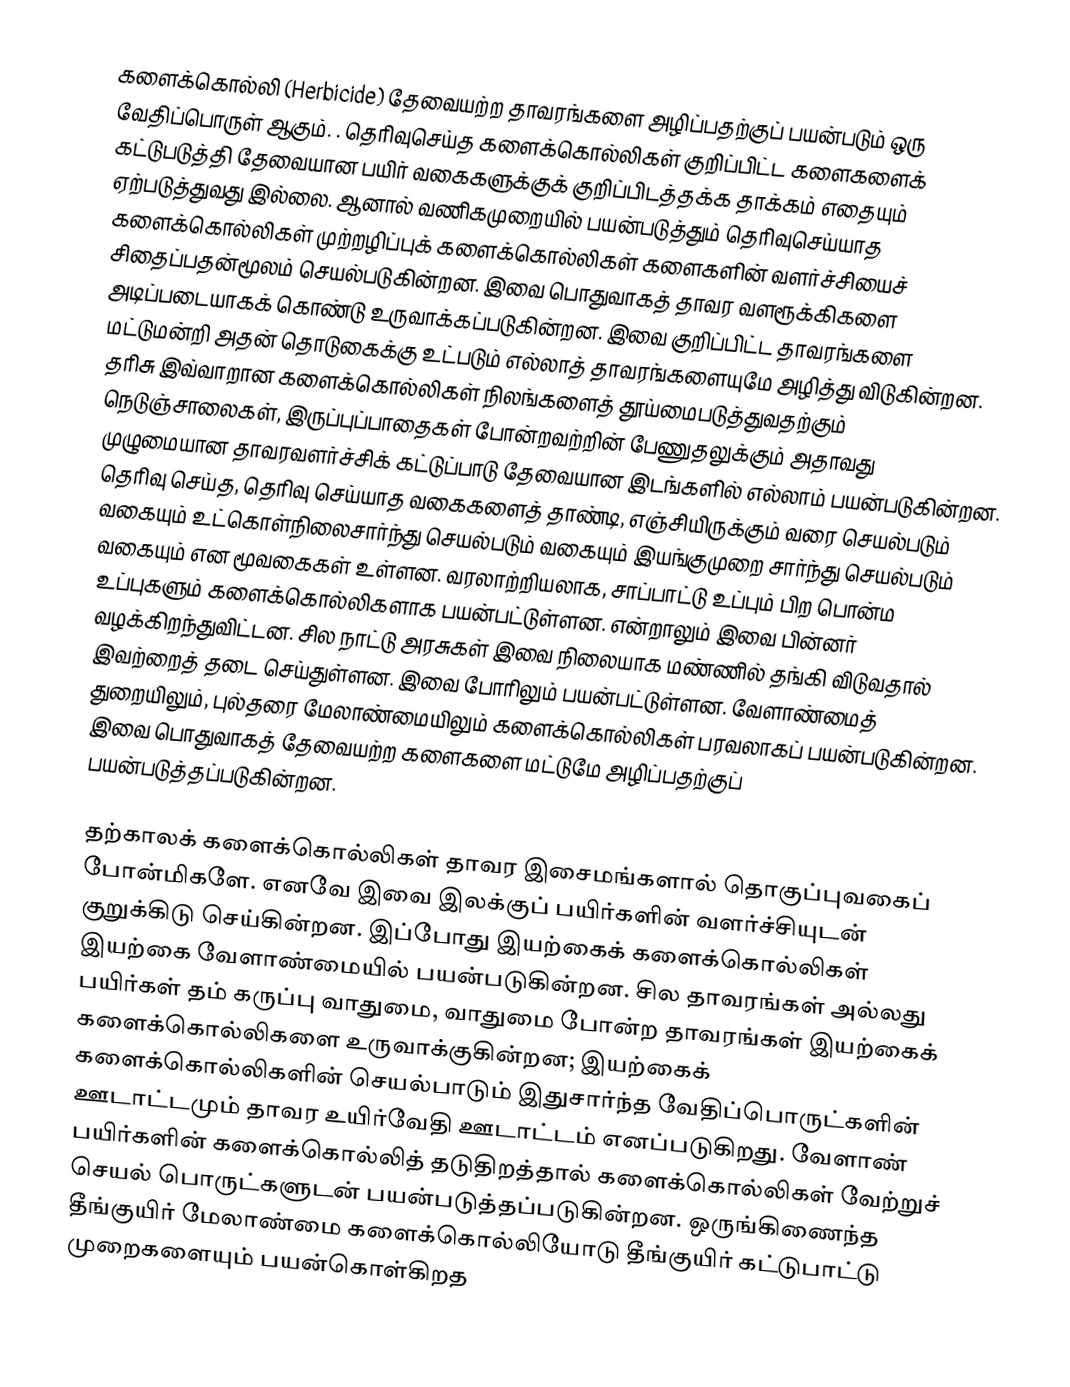
களைக்கொல்லி (Herbicide) தேவையற்ற தாவரங்களை அழிப்பதற்குப் பயன்படும் ஒரு வேதிப்பொருள் ஆகும்.  .  தெரிவுசெய்த களைக்கொல்லிகள்   குறிப்பிட்ட களைகளைக் கட்டுபடுத்தி தேவையான பயிர் வகைகளுக்குக் குறிப்பிடத்தக்க தாக்கம் எதையும் ஏற்படுத்துவது  இல்லை.  ஆனால்  வணிகமுறையில் பயன்படுத்தும் தெரிவுசெய்யாத களைக்கொல்லிகள்   முற்றழிப்புக் களைக்கொல்லிகள் களைகளின் வளர்ச்சியைச் சிதைப்பதன்மூலம் செயல்படுகின்றன. இவை பொதுவாகத் தாவர வளரூக்கிகளை அடிப்படையாகக் கொண்டு உருவாக்கப்படுகின்றன. இவை குறிப்பிட்ட தாவரங்களை மட்டுமன்றி அதன் தொடுகைக்கு உட்படும் எல்லாத் தாவரங்களையுமே அழித்து விடுகின்றன. தரிசு  இவ்வாறான களைக்கொல்லிகள்  நிலங்களைத்  தூய்மைபடுத்துவதற்கும் நெடுஞ்சாலைகள், இருப்புப்பாதைகள் போன்றவற்றின்  பேணுதலுக்கும்  அதாவது முழுமையான தாவரவளர்ச்சிக் கட்டுப்பாடு தேவையான இடங்களில் எல்லாம் பயன்படுகின்றன. தெரிவு செய்த, தெரிவு செய்யாத வகைகளைத் தாண்டி, எஞ்சியிருக்கும் வரை செயல்படும் வகையும்  உட்கொள்நிலைசார்ந்து செயல்படும்  வகையும்  இயங்குமுறை சார்ந்து செயல்படும் வகையும் என மூவகைகள் உள்ளன. வரலாற்றியலாக, சாப்பாட்டு உப்பும் பிற பொன்ம உப்புகளும் களைக்கொல்லிகளாக பயன்பட்டுள்ளன. என்றாலும் இவை பின்னர் வழக்கிறந்துவிட்டன. சில நாட்டு அரசுகள் இவை நிலையாக மண்ணில் தங்கி விடுவதால் இவற்றைத் தடை செய்துள்ளன. இவை போரிலும் பயன்பட்டுள்ளன. வேளாண்மைத் துறையிலும், புல்தரை மேலாண்மையிலும் களைக்கொல்லிகள் பரவலாகப் பயன்படுகின்றன. இவை பொதுவாகத் தேவையற்ற களைகளை மட்டுமே அழிப்பதற்குப் பயன்படுத்தப்படுகின்றன.

தற்காலக் களைக்கொல்லிகள் தாவர இசைமங்களால் தொகுப்புவகைப் போன்மிகளே. எனவே இவை இலக்குப் பயிர்களின் வளர்ச்சியுடன் குறுக்கிடு செய்கின்றன.  இப்போது இயற்கைக் களைக்கொல்லிகள்  இயற்கை வேளாண்மையில் பயன்படுகின்றன.  சில தாவரங்கள் அல்லது பயிர்கள் தம் கருப்பு வாதுமை, வாதுமை போன்ற தாவரங்கள் இயற்கைக் களைக்கொல்லிகளை உருவாக்குகின்றன;  இயற்கைக் களைக்கொல்லிகளின் செயல்பாடும் இதுசார்ந்த வேதிப்பொருட்களின் ஊடாட்டமும் தாவர உயிர்வேதி ஊடாட்டம் எனப்படுகிறது.  வேளாண் பயிர்களின் களைக்கொல்லித் தடுதிறத்தால்  களைக்கொல்லிகள் வேற்றுச் செயல் பொருட்களுடன் பயன்படுத்தப்படுகின்றன. ஒருங்கிணைந்த தீங்குயிர் மேலாண்மை களைக்கொல்லியோடு  தீங்குயிர் கட்டுபாட்டு முறைகளையும் பயன்கொள்கிறத